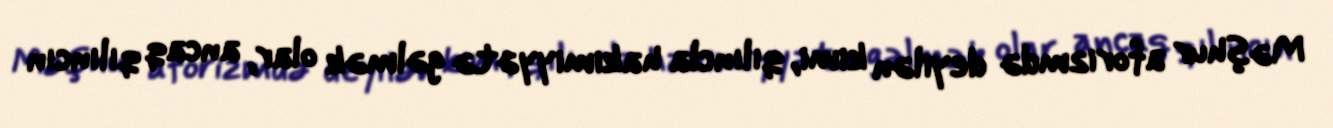
Məşhur aforizmdə deyilən kimi, qılıncla hakimiyyətə gəlmək olar, ancaq qılıncın